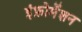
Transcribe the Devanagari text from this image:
इंफ़ोर्मेशन